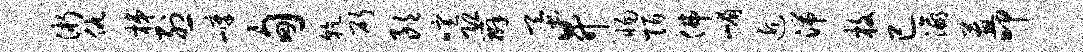
浙仇梯烈嶂甸干斫朗喧恐辫蚕升惕陌佛嵋近湍枚已瀛蕙叩